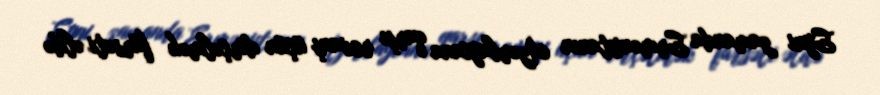
Eyni zamanda Ermənistanın Azərbaycana qarşı revanş üçün dirçəlmək fürsəti əldə